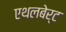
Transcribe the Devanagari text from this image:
एथलबेर्ट